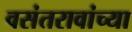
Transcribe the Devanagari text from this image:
वसंतरावांच्या